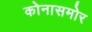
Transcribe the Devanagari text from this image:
कोनासमोर